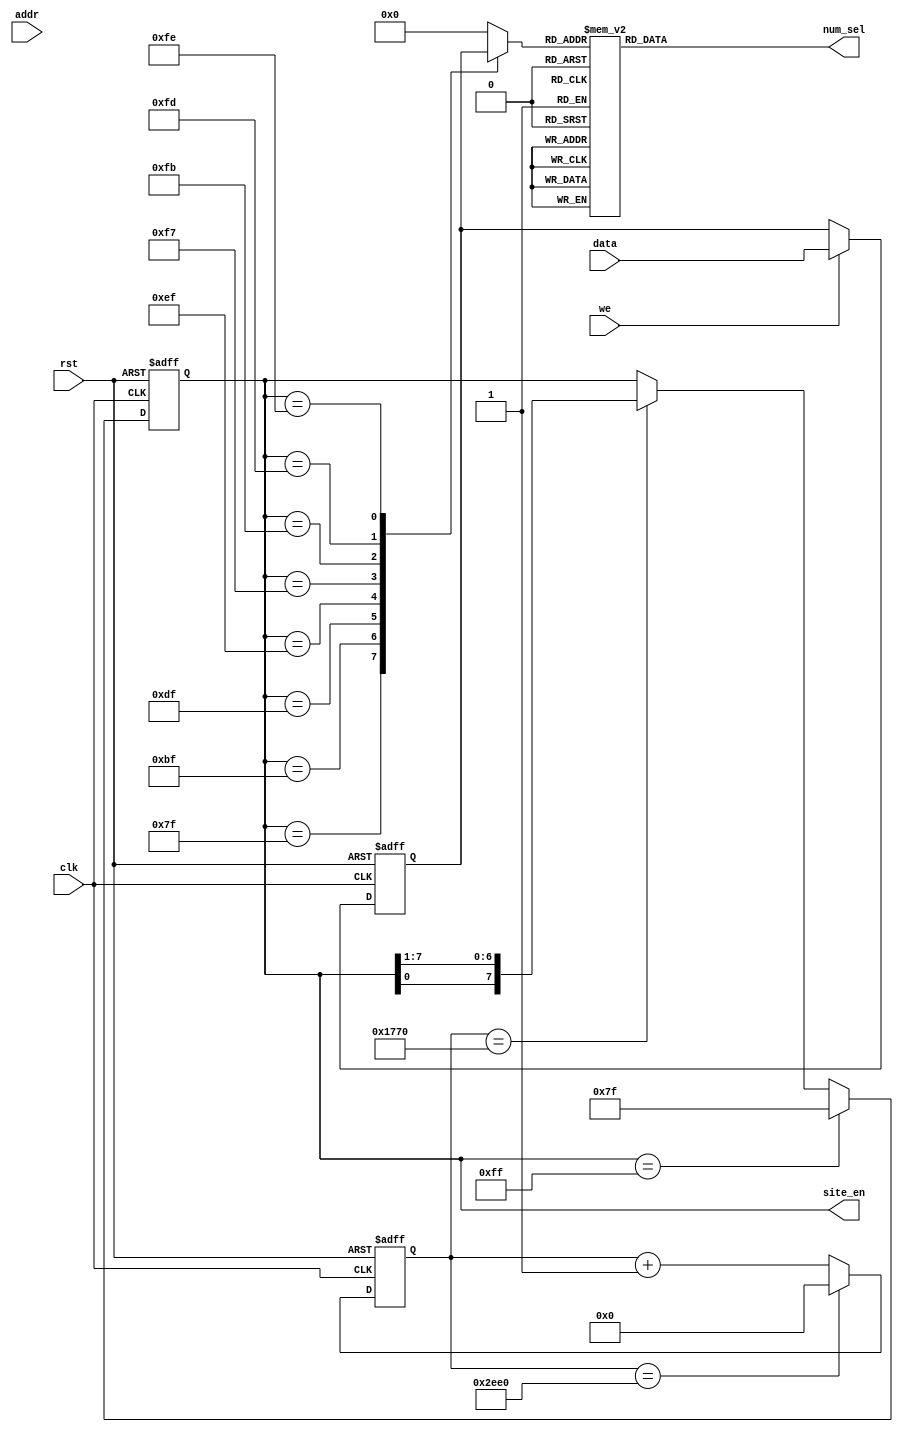
`timescale 1ns / 1ps
//////////////////////////////////////////////////////////////////////////////////
// Company: 
// Engineer: 
// 
// Design Name: 
// Module Name: InterfaceTube
// Project Name: 
// Target Devices: 
// Tool Versions: 
// Description: 
// 
// Dependencies: 
// 
// Revision:
// Revision 0.01 - File Created
// Additional Comments:
// 
//////////////////////////////////////////////////////////////////////////////////


module InterfaceTube(
    input clk,
    input rst,
    input [31:0] data,                // cpu7
    input we,
    input [31:0] addr,
    
    output reg [7:0] site_en,         // 
    output [7:0] num_sel             // 
    );
    // data 809
    //
    reg [31:0] data_current;           //32
    
    always @(posedge clk or posedge rst) begin
        if(rst)
            data_current <= 0;
        else if(we) 
            data_current <= data;             // cpu
        else
            data_current <= data_current;
    end
    
    
    
    //
    reg[31:0] counter;
    
    always @(posedge clk or posedge rst) begin
        if(rst)
            counter <= 0;
        else if (counter == 32'd12000)
            counter <= 0;
        else 
            counter <= counter + 1;
    end
    
    // 
    always @(posedge clk or posedge rst) begin
        if(rst)
            site_en <= 8'b11111111;
        else if(site_en == 8'b11111111)
            site_en <= 8'b0111_1111;
        else if(counter == 32'd6000)
            site_en <= {site_en[0], site_en[7:1]};
        else 
            site_en <= site_en;
    end
    
    
    reg [3:0] num_to_show;
    always @(*) begin
        case(site_en)
            8'b01111111:   num_to_show = data_current[31:28];
            8'b10111111:   num_to_show = data_current[27:24];
            8'b11011111:   num_to_show = data_current[23:20];
            8'b11101111:   num_to_show = data_current[19:16];
            8'b11110111:   num_to_show = data_current[15:12];
            8'b11111011:   num_to_show = data_current[11:8];
            8'b11111101:   num_to_show = data_current[7:4];
            8'b11111110:   num_to_show = data_current[3:0];
            default:       num_to_show = 0;
        endcase
    end 
    
    
    
    reg [7:0] ledcode;
    
    always @(*) begin
        case(num_to_show) 
            4'h0:      ledcode = 8'b00000011;
            4'h1:      ledcode = 8'b10011111;
            4'h2:      ledcode = 8'b00100101; 
            4'h3:      ledcode = 8'b00001101; 
            4'h4:      ledcode = 8'b10011001; 
            4'h5:      ledcode = 8'b01001001; 
            4'h6:      ledcode = 8'b01000001; 
            4'h7:      ledcode = 8'b00011111; 
            4'h8:      ledcode = 8'b00000001; 
            4'h9:      ledcode = 8'b00001001; 
            4'ha:      ledcode = 8'b00010001;
            4'hb:      ledcode = 8'b11000001;
            4'hc:      ledcode = 8'b01100011;
            4'hd:      ledcode = 8'b10000101;
            4'he:      ledcode = 8'b01100001;
            4'hf:      ledcode = 8'b01110001; 
            default:  ledcode = 8'b11111111;
        endcase
    end
    
    assign num_sel = ledcode;
    
    
    
    
endmodule